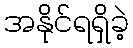
အနိုင်ရရှိခဲ့